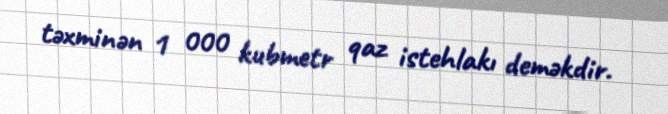
təxminən 1 000 kubmetr qaz istehlakı deməkdir.